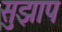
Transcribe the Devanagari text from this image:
सुझाप